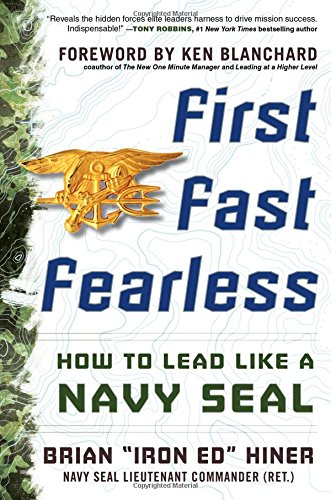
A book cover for First, Fast, Fearless: How to Lead Like a Navy SEAL; Brian "Iron Ed" Hiner; Business & Money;